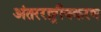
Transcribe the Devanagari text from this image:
अंतरराष्ट्रीयकरण